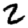
Digit: 2